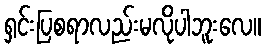
ရှင်းပြစရာလည်းမလိုပါဘူးလေ။